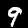
Digit: 9